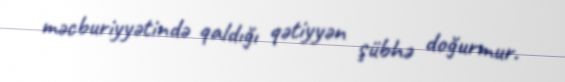
məcburiyyətində qaldığı qətiyyən şübhə doğurmur.